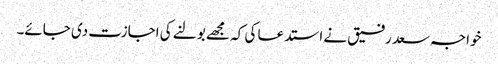
خواجہ سعد رفیق نے استدعا کی کہ مجھے بولنے کی اجازت دی جائے۔